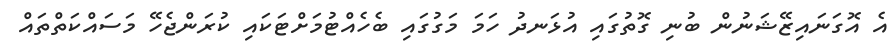
އެ އޮގަނައިޒޭޝަނުން ބުނި ގޮތުގައި އުޅަނދު ހަމަ މަގުގައި ބެހެއްޓުމަށްޓަކައި ކުރަންޖެހޭ މަސައްކަތްތައް